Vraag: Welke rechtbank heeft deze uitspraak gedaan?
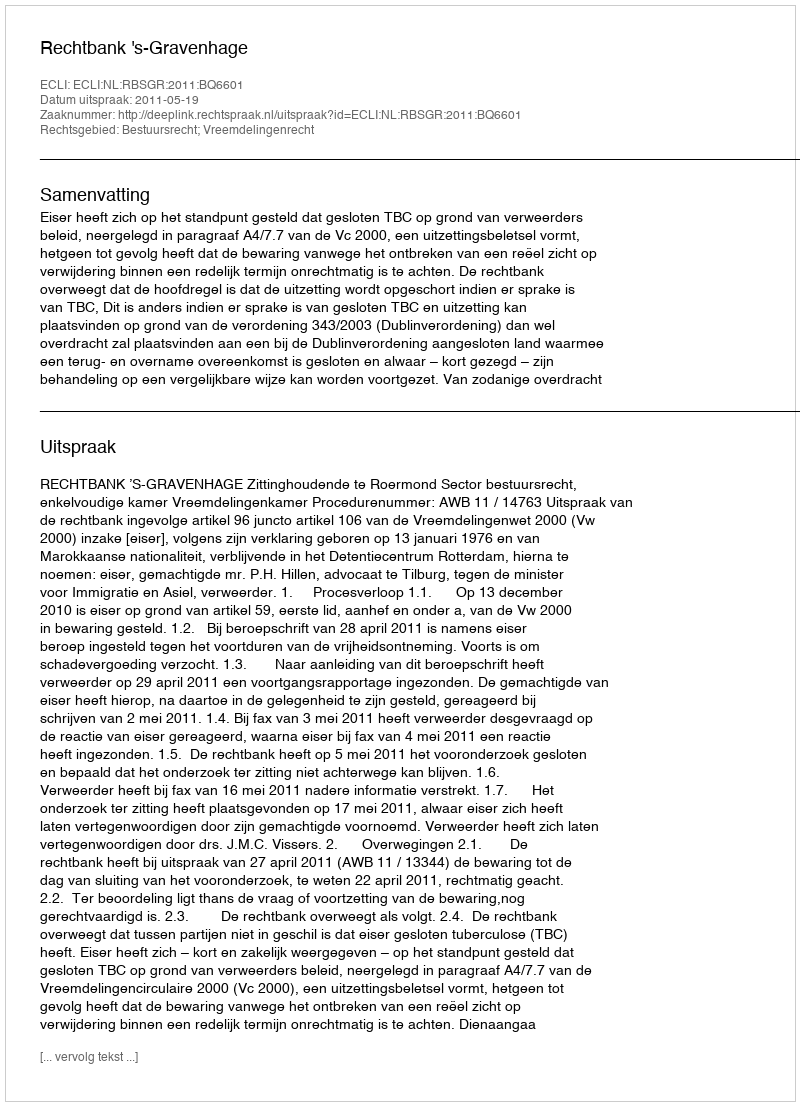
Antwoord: Rechtbank 's-Gravenhage